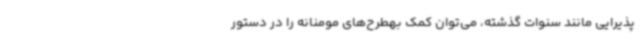
پذیرایی مانند سنوات گذشته، می‌توان کمک بهطرح‌های مومنانه را در دستور